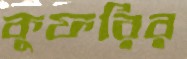
কুফরির